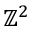
\mathbb { Z } ^ { 2 }